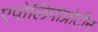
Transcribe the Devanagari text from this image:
एपोलिपोप्रोटीन